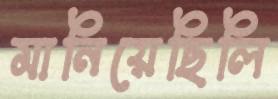
মানিয়েছিলি